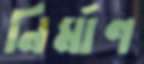
নির্মাণ